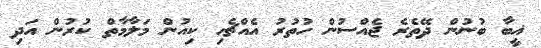
ޣީބާ ބުނުން ދޭތެރެ ޖެއްސުން ހުތުރު އެއްޗެހި ކިއުން މަލާމާތް ކުރުން އަދި